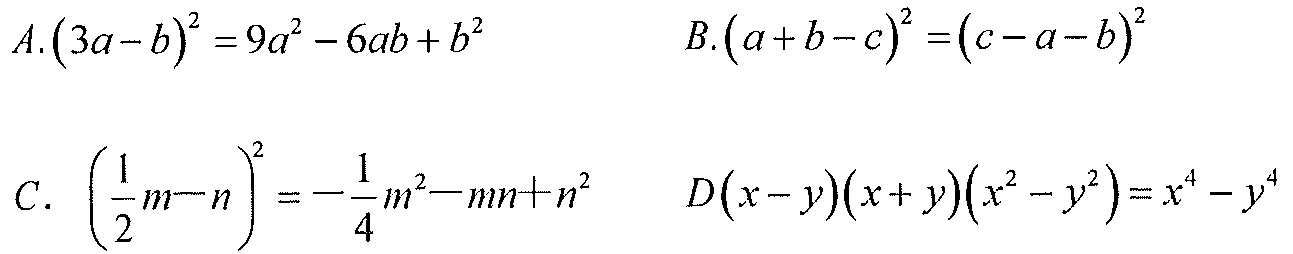
\(A.(3a - b)^{2}=9a^{2}-6ab + b^{2}\)  \(B.(a + b - c)^{2}=(c - a - b)^{2}\)
\(C.\left(\frac{1}{2}m - n\right)^{2}=-\frac{1}{4}m^{2}-mn + n^{2}\)  \(D(x - y)(x + y)(x^{2}-y^{2})=x^{4}-y^{4}\)